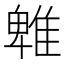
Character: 𨿵